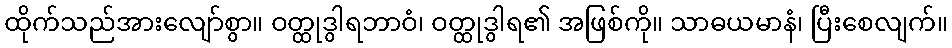
ထိုက်သည်အားလျော်စွာ။ ဝတ္ထုဒွါရဘာဝံ၊ ဝတ္ထုဒွါရ၏ အဖြစ်ကို။ သာဓယမာနံ၊ ပြီးစေလျက်။